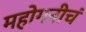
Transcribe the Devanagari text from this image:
महोगनीचं